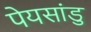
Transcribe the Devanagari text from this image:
पेयसांडु